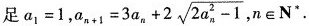
足$$a _ { 1 } = 1$$ ,$$a _ { n + 1 } = 3 a _ { n } + 2 \sqrt { 2 a _ { n } ^ { 2 } - 1 }$$ ,n \in N*.